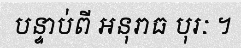
បន្ទាប់ពី អនុរាធ បុរៈ ។